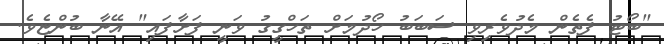
"ބޯޓު ފެތެން މެދުވެރިވި ސަބަބު ހޯދުމަށް ތަހްގީގު ވަނީ ފަށާފައި" އޭނާ ބުންޏެވެ.